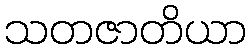
သတဇာတိယာ